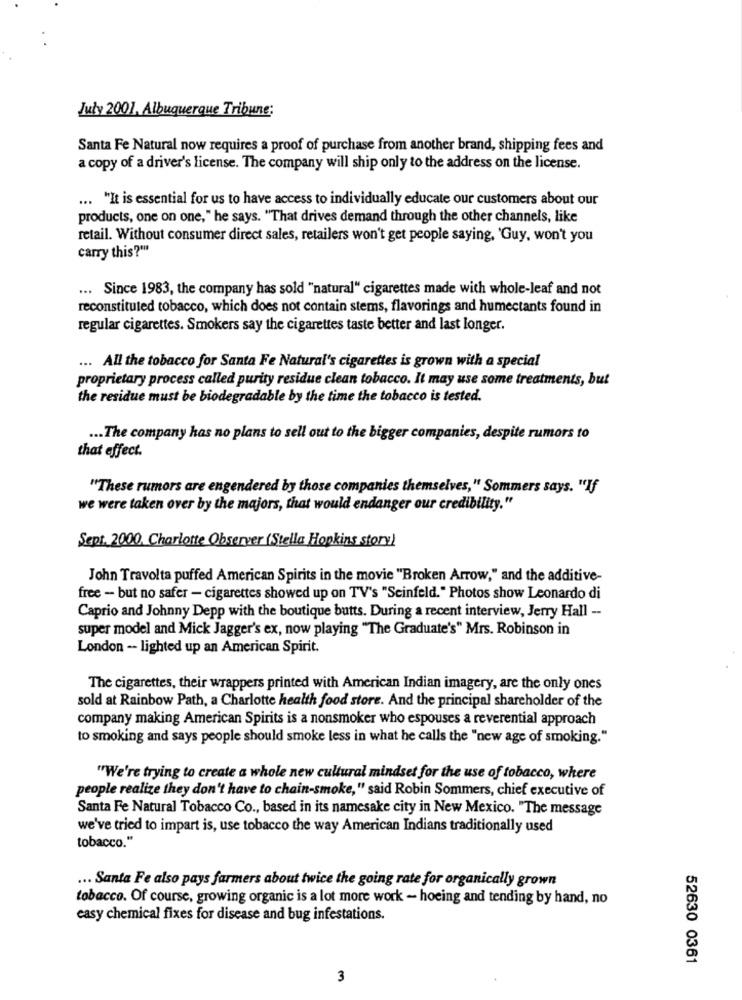
July 2001, Albuquerque Tribune:
Santa Fe Natural now requires a proof of purchase from another brand, shipping fees and
a copy of a driver's license. The company will ship only to the address on the license.
... "It is essential for us to have access to individually educate our customers about our
products, one on one," he says. "That drives demand through the other channels, like
retail. Without consumer direct sales, retailers won't get people saying, 'Guy, won't you
carry this?""
... Since 1983, the company has sold "natural" cigarettes made with whole-leaf and not
reconstituted tobacco, which does not contain stems, flavorings and humectants found in
regular cigarettes. Smokers say the cigarettes taste better and last longer.
... All the tobacco for Santa Fe Natural's cigarettes is grown with a special
proprietary process called purity residue clean tobacco. It may use some treatments, but
the residue must be biodegradable by the time the tobacco is tested.
... The company has no plans to sell out to the bigger companies, despite rumors to
that effect.
"These rumors are engendered by those companies themselves," Sommers says. "If
we were taken over by the majors, that would endanger our credibility."
Sept. 2000, Charlotte Observer (Stella Hopkins story)
John Travolta puffed American Spirits in the movie "Broken Arrow," and the additive-
free - but no safer - cigarettes showed up on TV's "Seinfeld." Photos show Leonardo di
Caprio and Johnny Depp with the boutique butts. During a recent interview, Jerry Hall --
super model and Mick Jagger's ex, now playing "The Graduate's" Mrs. Robinson in
London - lighted up an American Spirit.
The cigarettes, their wrappers printed with American Indian imagery, are the only ones
sold at Rainbow Path, a Charlotte health food store. And the principal shareholder of the
company making American Spirits is a nonsmoker who espouses a reverential approach
to smoking and says people should smoke less in what he calls the "new age of smoking."
"We're trying to create a whole new cultural mindset for the use of tobacco, where
people realize they don't have to chain-smoke," said Robin Sommers, chief executive of
Santa Fe Natural Tobacco Co ., based in its namesake city in New Mexico. "The message
we've tried to impart is, use tobacco the way American Indians traditionally used
tobacco."
... Santa Fe also pays farmers about twice the going rate for organically grown
tobacco. Of course, growing organic is a lot more work - hoeing and tending by hand, no
easy chemical fixes for disease and bug infestations.
52630 0361
3